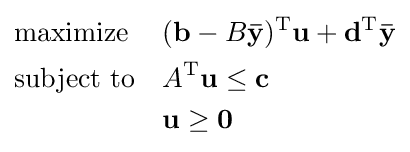
{\begin{aligned}&{\text{maximize}}&&(\mathbf {b} -B\mathbf {\bar {y}} )^{\mathrm {T} }\mathbf {u} +\mathbf {d} ^{\mathrm {T} }\mathbf {\bar {y}} \\&{\text{subject to}}&&A^{\mathrm {T} }\mathbf {u} \leq \mathbf {c} \\&&&\mathbf {u} \geq \mathbf {0} \end{aligned}}